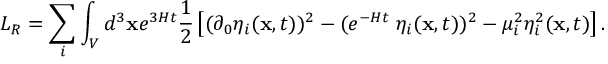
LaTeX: L _ { R } = \sum _ { i } \int _ { V } d ^ { 3 } { \bf x } e ^ { 3 H t } \frac { 1 } { 2 } \left[ ( \partial _ { 0 } \eta _ { i } ( { \bf x } , t ) ) ^ { 2 } - ( e ^ { - H t } { \bf \nabla } \eta _ { i } ( { \bf x } , t ) ) ^ { 2 } - \mu _ { i } ^ { 2 } \eta _ { i } ^ { 2 } ( { \bf x } , t ) \right] .